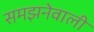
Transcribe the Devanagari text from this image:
समझनेवाली